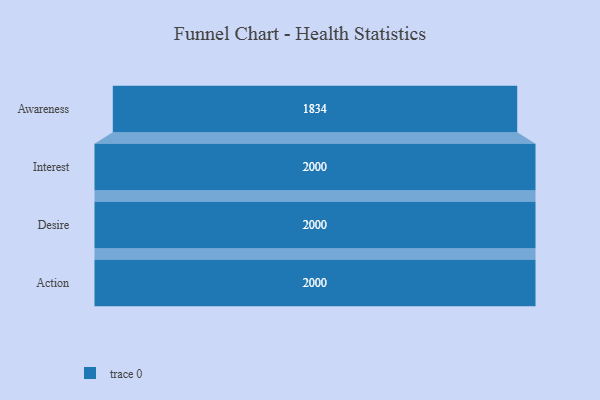
{"axis": {"x": "Stage", "y": "Value"}, "legend": [""], "data": [{"x": "Awareness", "y": 1834.0, "type": ""}, {"x": "Interest", "y": 2000, "type": ""}, {"x": "Desire", "y": 2000, "type": ""}, {"x": "Action", "y": 2000, "type": ""}]}